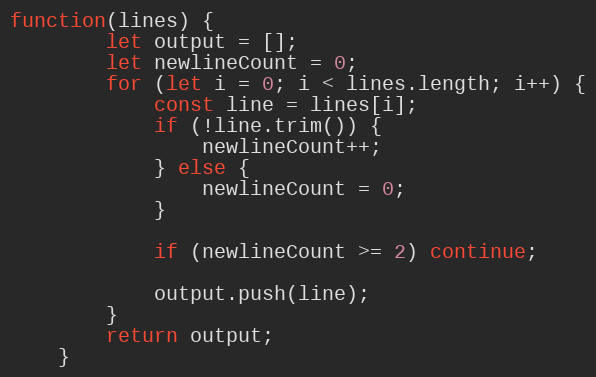
Language: JavaScript
function(lines) {
		let output = [];
		let newlineCount = 0;
		for (let i = 0; i < lines.length; i++) {
			const line = lines[i];
			if (!line.trim()) {
				newlineCount++;
			} else {
				newlineCount = 0;
			}

			if (newlineCount >= 2) continue;

			output.push(line);
		}
		return output;
	}